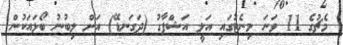
މެޗުގެ 11 ވަނަ މިނެޓުގައި އަލީ އަޝްފާގު (ދަގަނޑޭ) އަށް ލިބުނު ބޯޅައަކުން